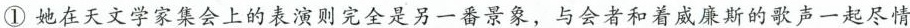
①她在天文学家集会上的表演则完全是另一番景象，与会者和着威廉斯的歌声一起尽情